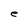
Character: e